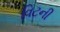
વિટની